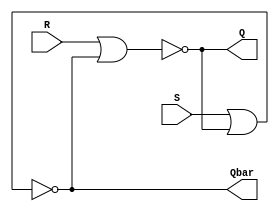
`timescale 1ns / 1ps

module lab_5_1_1(S,R,Q,Qbar);

    input wire S,R;
    output reg Q,Qbar;
    
    always @ *
        begin
             Q = ~(R | Qbar);
             Qbar = ~(S | Q);
        end

        
endmodule

/*
bit
Vivado
setting->Bitstream->tcl.pre1.tcl
1.tcl: set_property SEVERITY {Warning} [get_drc_checks LUTLP-1]
*/